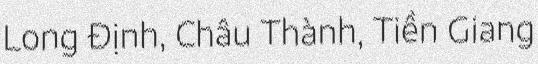
Long Định, Châu Thành, Tiền Giang